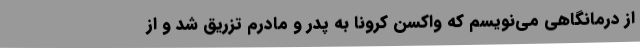
از درمانگاهی می‌نویسم که واکسن کرونا به پدر و مادرم تزریق شد و از